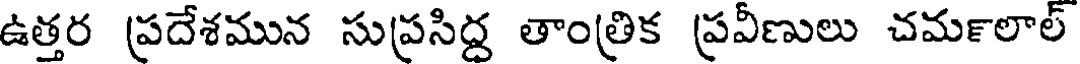
ఉత్తర ప్రదేశమున సుప్రసిద్ద తాంత్రిక ప్రవీణులు చమ౯లాల్